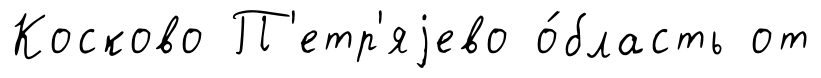
Косково П'етр'яjево о́бласть от